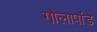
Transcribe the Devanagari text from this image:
गोलापांडे